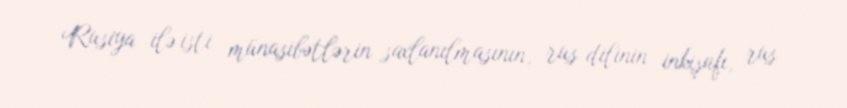
Rusiya ilə isti münasibətlərin saxlanılmasının, rus dilinin inkişafı, rus